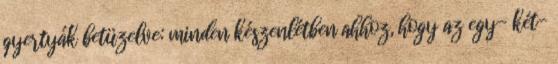
gyertyák betüzelve: minden készenlétben ahhoz, hogy az egy- két-